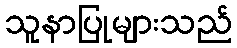
သူနာပြုများသည်